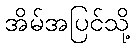
အိမ်အပြင်သို့